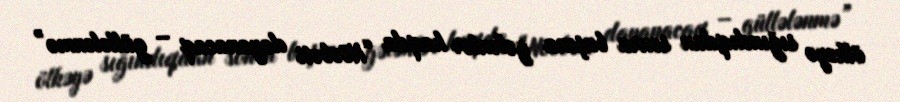
ölkəyə sığındıqdan sonra başına gələnlər haqda “Növbəti dayanacaq – güllələnmə”